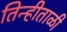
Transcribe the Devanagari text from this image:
तिन्हीताळी